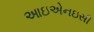
આઇએનઇસી